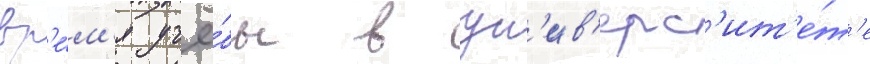
вр'е́м'я учё́бы в ун'ив'ерс'ит'е́т'е